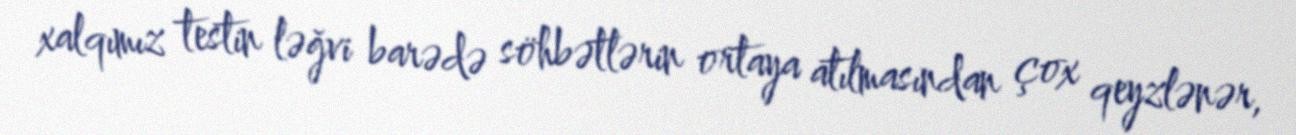
xalqımız testin ləğvi barədə söhbətlərin ortaya atılmasından çox qeyzlənər,